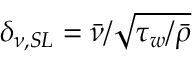
\delta _ { \nu , S L } = \bar { \nu } / \sqrt { \tau _ { w } / \bar { \rho } }